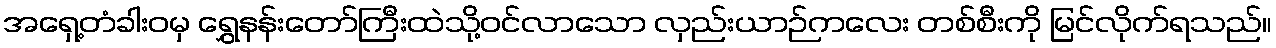
အရှေ့တံခါးဝမှ ရွှေနန်းတော်ကြီးထဲသို့ဝင်လာသော လှည်းယာဉ်ကလေး တစ်စီးကို မြင်လိုက်ရသည်။